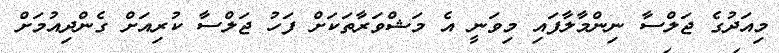
މިއަދުގެ ޖަލްސާ ނިންމާލާފައި މިވަނީ އެ މަޝްވަރާތަކަށް ފަހު ޖަލްސާ ކުރިއަށް ގެންދިއުމަށް